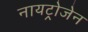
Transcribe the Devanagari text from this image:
नायट्रोजेन